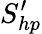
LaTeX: S_{hp}^{\prime}